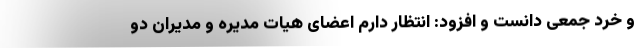
و خرد جمعی دانست و افزود: انتظار دارم اعضای هیات مدیره و مدیران دو